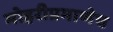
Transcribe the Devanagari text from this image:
मोहरीप्रमाणेच